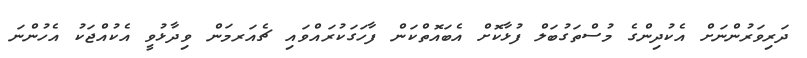
ދަރިވަރުންނަށް އެކުދިންގެ މުސްތަގުބަލް ފުޅާކޮށް އެބައޮތްކަން ފާހަގަކުރައްވައި ޗެއަރމަން ވިދާޅުވީ އެކުއްޖަކު އެހުންނަ